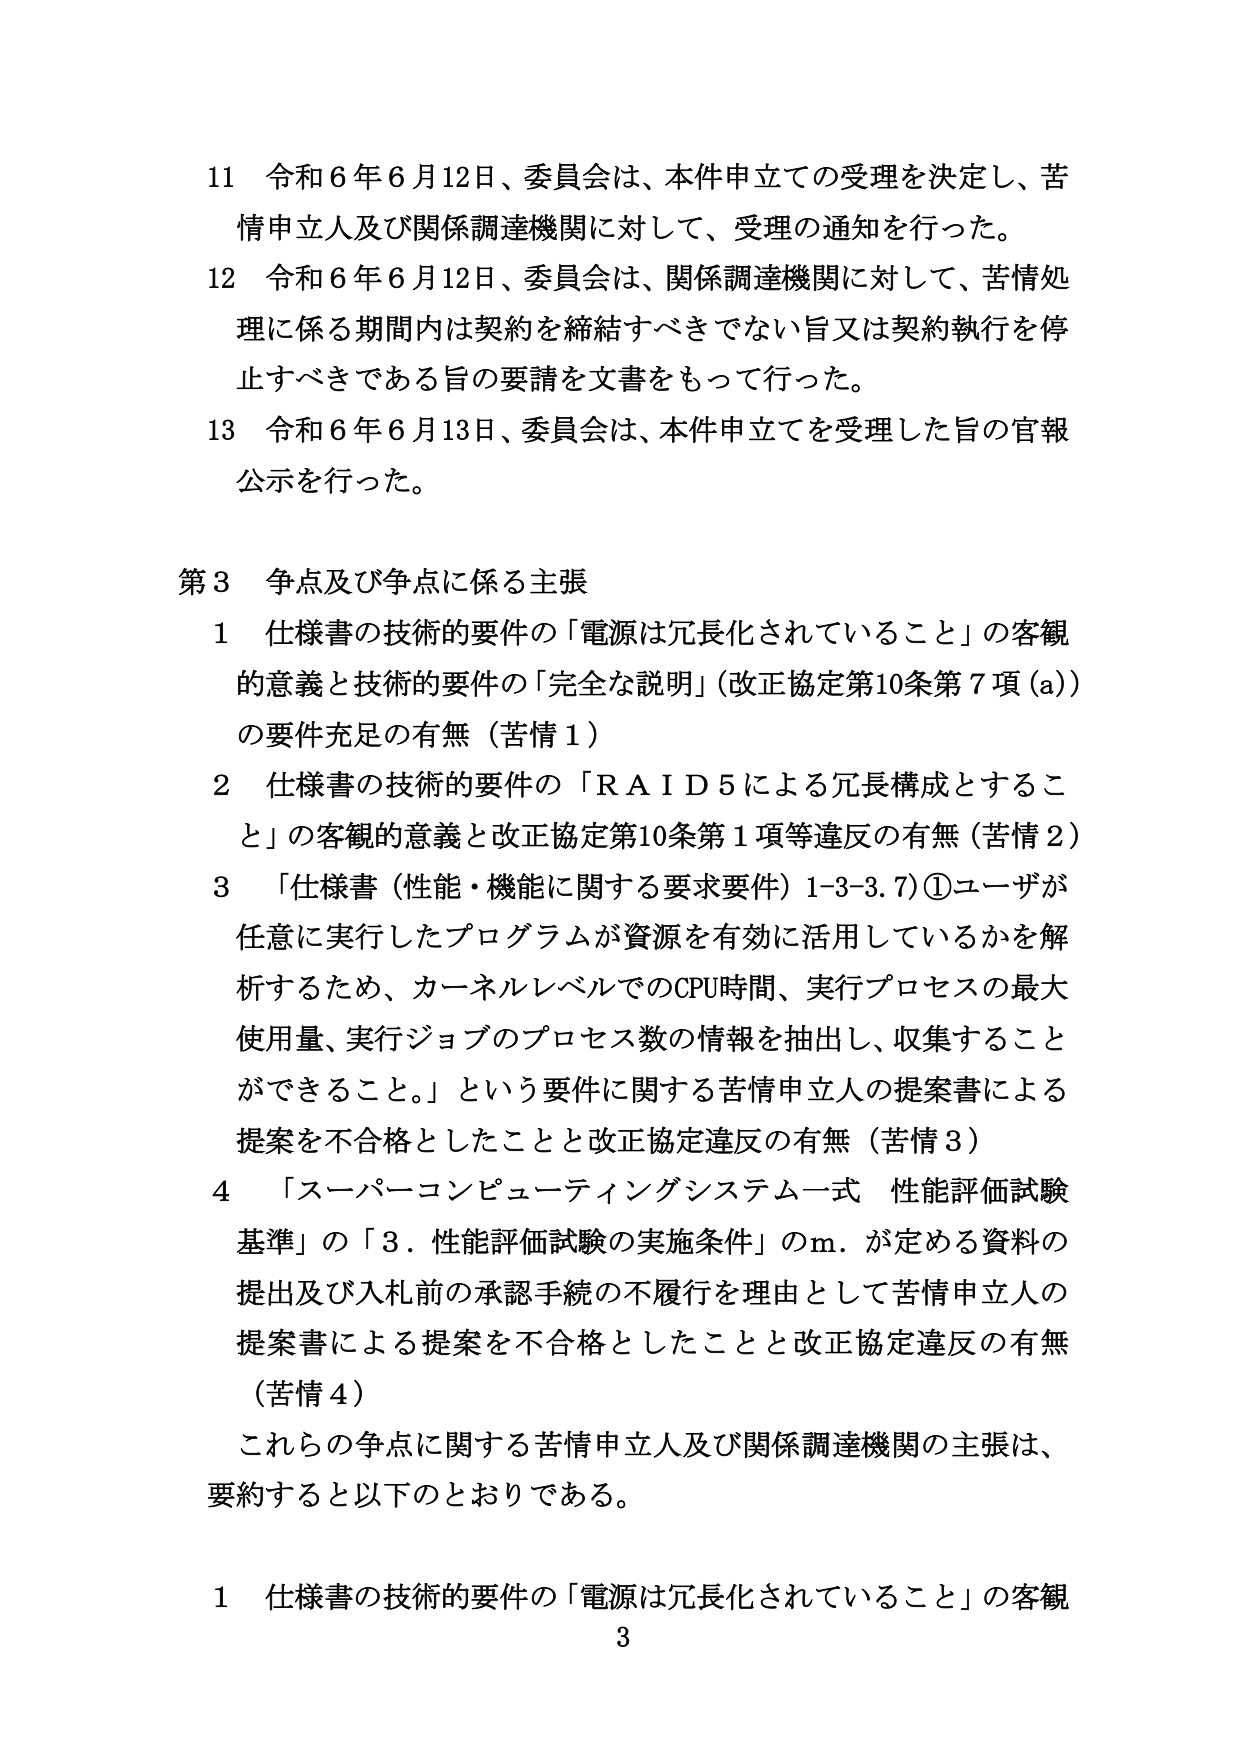
11 令和6年6月12日、委員会は、本件申立ての受理を決定し、苦情申立人及び関係調達機関に対して、受理の通知を行った。

12 令和6年6月12日、委員会は、関係調達機関に対して、苦情処理に係る期間内は契約を締結すべきでない旨又は契約執行を停止すべきである旨の要請を文書をもって行った。

13 令和6年6月13日、委員会は、本件申立てを受理した旨の官報公示を行った。

第3 争点及び争点に係る主張

1 仕様書の技術的要件の「電源は冗長化されていること」の客観的意義と技術的要件の「完全な説明」（改正協定第10条第7項(a)）の要件充足の有無（苦情1）

2 仕様書の技術的要件の「ＲＡＩＤ５による冗長構成とすること」の客観的意義と改正協定第10条第1項等違反の有無（苦情2）

3 「仕様書（性能・機能に関する要求要件）1-3-3.7）①ユーザが任意に実行したプログラムが資源を有効に活用しているかを解析するため、カーネルレベルでのCPU時間、実行プロセスの最大使用量、実行ジョブのプロセス数の情報を抽出し、収集することができる。」という要件に関する苦情申立人の提案書による提案を不合格としたことと改正協定違反の有無（苦情3）

4 「スーパーコンピューティングシステム一式 性能評価試験基準」の「3．性能評価試験の実施条件」のm．が定める資料の提出及び入札前の承認手続の不履行を理由として苦情申立人の提案書による提案を不合格としたことと改正協定違反の有無（苦情4）

これらの争点に関する苦情申立人及び関係調達機関の主張は、要約すると以下のとおりである。

1 仕様書の技術的要件の「電源は冗長化されていること」の客観

3